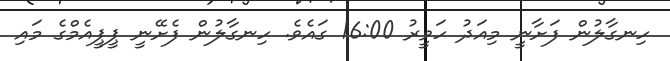
ހިނގާލުން ފަށާނީ މިއަދު ހަވީރު 16:00 ގައެވެ. ހިނގާލުން ފެށޭނީ ޕީޕީއެމްގެ މައި